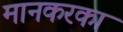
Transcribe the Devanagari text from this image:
मानकरका